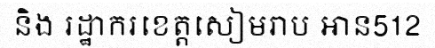
និង រដ្ឋាករខេត្តសៀមរាប អាន512